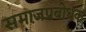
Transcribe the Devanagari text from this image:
समाजप्रबोधक